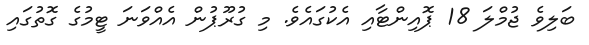
ބަލިވެ ޖުމްލަ 18 ޕޮއިންޓާއި އެކުގައެވެ. މި ގުރޫޕުން އެއްވަނަ ޓީމުގެ ގޮތުގައި